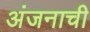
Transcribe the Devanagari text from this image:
अंजनाची